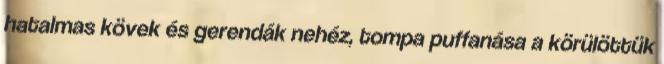
hatalmas kövek és gerendák nehéz, tompa puffanása a körülöttük